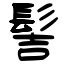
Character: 髻